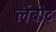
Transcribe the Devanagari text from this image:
लैंबोट